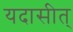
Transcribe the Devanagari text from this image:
यदासीत्